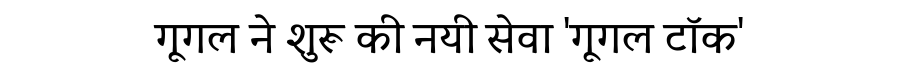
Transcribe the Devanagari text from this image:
गूगल ने शुरू की नयी सेवा 'गूगल टॉक'